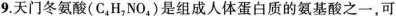
9.天门冬氨酸(C_{4}H_{7}NO_{4})是组成人体蛋白质的氨基酸之一，可